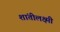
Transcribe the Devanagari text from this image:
शांतीलक्ष्मी